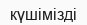
күшімізді